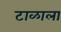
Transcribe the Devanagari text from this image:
टाळाला